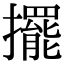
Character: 擺